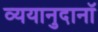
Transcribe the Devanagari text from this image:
व्ययानुदानॉ